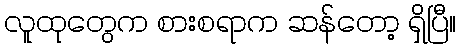
လူထုတွေက စားစရာက ဆန်တော့ ရှိပြီ။